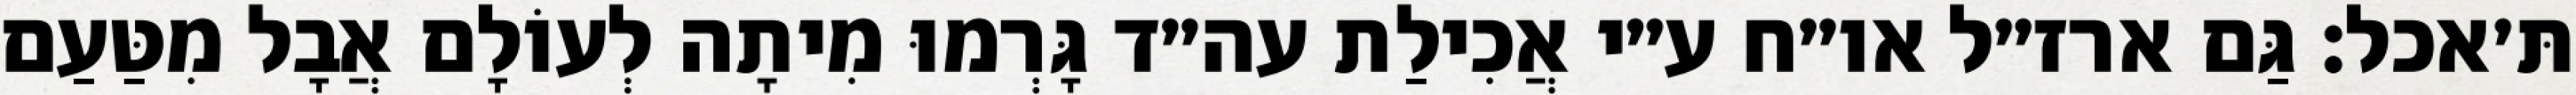
תּ׳אכל: גַּם ארז״ל או״ח ע״י אֲכִילַת עה״ד גָּרְמוּ מִיתָה לְעוֹלָם אֲבָל מִטַּעַם